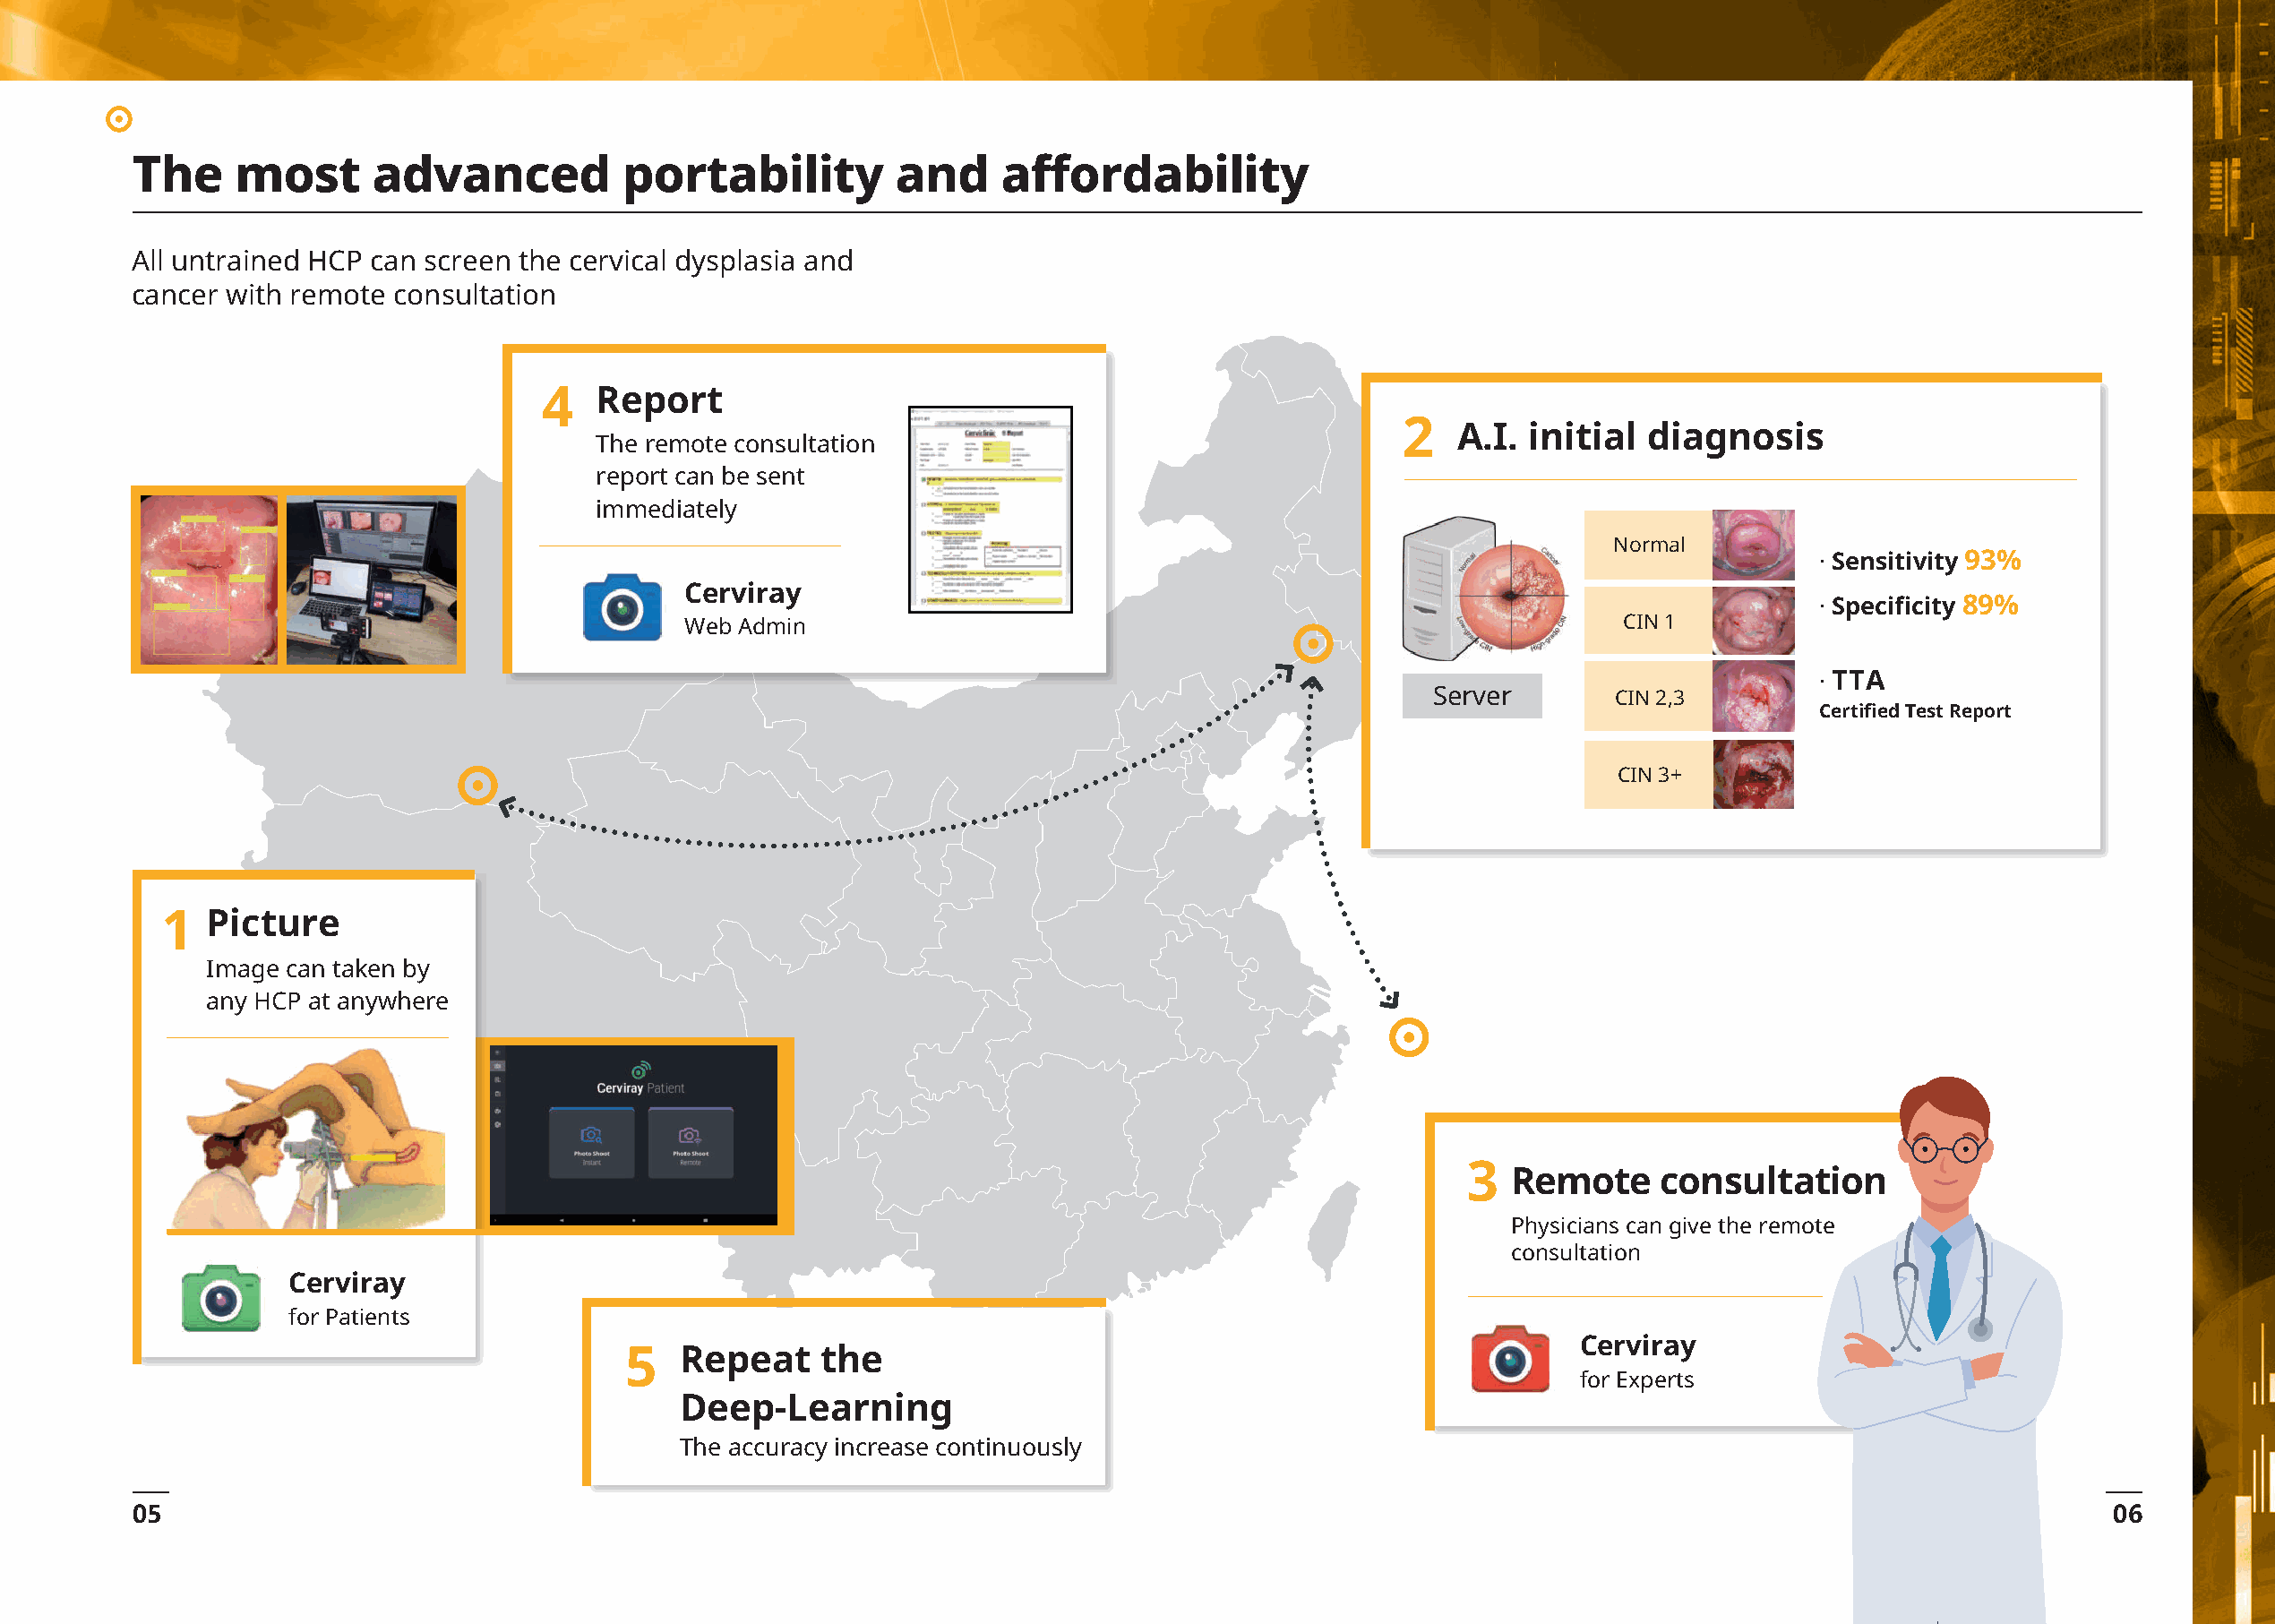
The    most       advanced          portability         and     affordability
 All untrained HCP can screen the cervical dysplasia and
 cancer with remote consultation
 4   Report
 2
 A.I. initial  diagnosis
 The remote consultation
 report can be sent
 immediately
 Normal
 · Sensitivity 93%
 Cerviray
 · Specificity 89%
 Web Admin                                                            CIN 1
 · TTA
 Server       CIN 2,3
 Certified Test Report
 CIN 3+
 1  Picture
 Image can taken by
 any HCP at anywhere
 3
 Remote     consultation
 Physicians can give the remote
 consultation
 Cerviray
 for Patients
 Cerviray
 5   Repeat     the
 for Experts
 Deep-Learning
 The accuracy increase continuously
 05                                                                                                                                                06